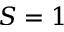
S = 1